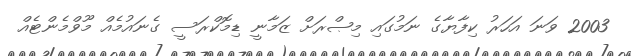
2003 ވަނަ އަހަރު ކިފާޔާގެ ނަމުގައި މިޞްރަށް ޒަމާނީ ޑިމޮކްރަސީ ގެނައުމެއް މޫވްމެންޓެއް